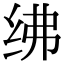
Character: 绋